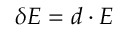
\delta E = \boldsymbol { d } \cdot \boldsymbol { E }